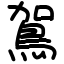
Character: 鴐